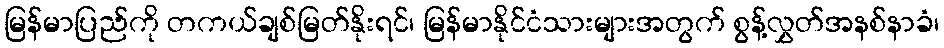
မြန်မာပြည်ကို တကယ်ချစ်မြတ်နိုးရင်၊ မြန်မာနိုင်ငံသားများအတွက် စွန့်လွှတ်အနစ်နာခံ၊